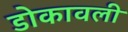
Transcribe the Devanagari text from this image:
डोकावली